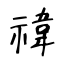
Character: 禕